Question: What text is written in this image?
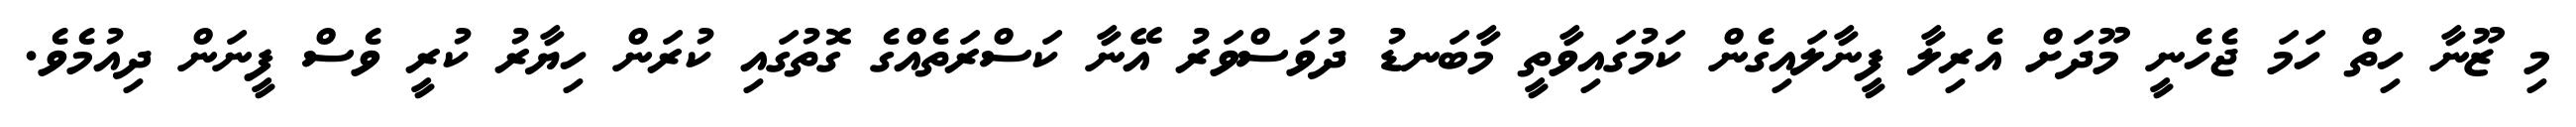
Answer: މި ޒޫނާ ހިތް ހަމަ ޖެހެނީ މޫދަށް އެރިލާ ފީނާލައިގެން ކަމުގައިވާތީ މާބަނޑު ދުވަސްވަރު އޭނާ ކަސްރަތެއްގެ ގޮތުގައި ކުރަން ހިޔާރު ކުރީ ވެސް ފީނަން ދިއުމެވެ.